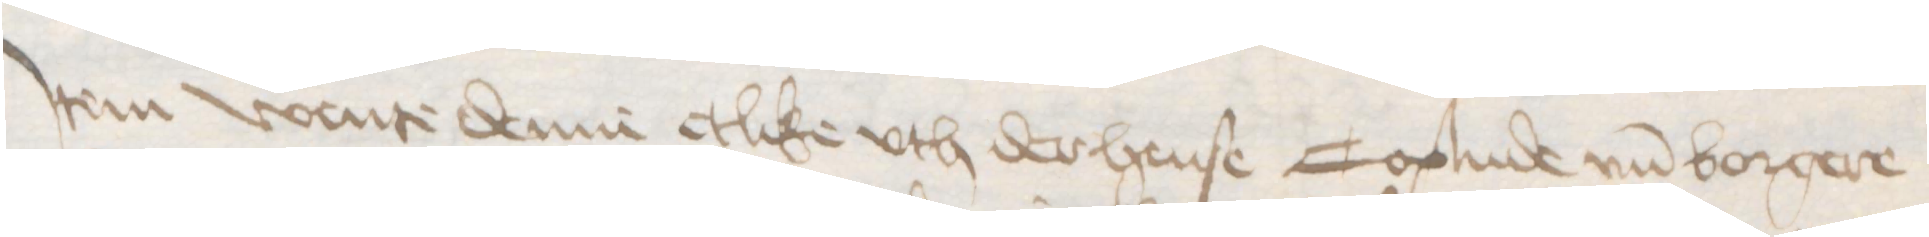
Jtem wente denne etlike vth der hense Coplude vnd borgere